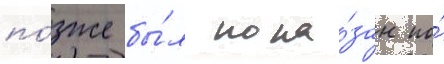
по́зже бы́л пока́зан по́